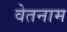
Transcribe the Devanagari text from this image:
वेतनाम